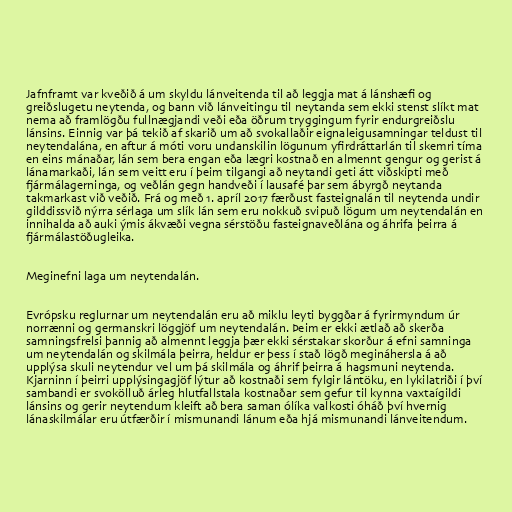
Jafnframt var kveðið á um skyldu lánveitenda til að leggja mat á lánshæfi og
greiðslugetu neytenda, og bann við lánveitingu til neytanda sem ekki stenst slíkt mat
nema að framlögðu fullnægjandi veði eða öðrum tryggingum fyrir endurgreiðslu
lánsins. Einnig var þá tekið af skarið um að svokallaðir eignaleigusamningar teldust til
neytendalána, en aftur á móti voru undanskilin lögunum yfirdráttarlán til skemri tíma
en eins mánaðar, lán sem bera engan eða lægri kostnað en almennt gengur og gerist á
lánamarkaði, lán sem veitt eru í þeim tilgangi að neytandi geti átt viðskipti með
fjármálagerninga, og veðlán gegn handveði í lausafé þar sem ábyrgð neytanda
takmarkast við veðið. Frá og með 1. apríl 2017 færðust fasteignalán til neytenda undir
gilddissvið nýrra sérlaga um slík lán sem eru nokkuð svipuð lögum um neytendalán en
innihalda að auki ýmis ákvæði vegna sérstöðu fasteignaveðlána og áhrifa þeirra á
fjármálastöðugleika.

Meginefni laga um neytendalán.

Evrópsku reglurnar um neytendalán eru að miklu leyti byggðar á fyrirmyndum úr
norrænni og germanskri löggjöf um neytendalán. Þeim er ekki ætlað að skerða
samningsfrelsi þannig að almennt leggja þær ekki sérstakar skorður á efni samninga
um neytendalán og skilmála þeirra, heldur er þess í stað lögð megináhersla á að
upplýsa skuli neytendur vel um þá skilmála og áhrif þeirra á hagsmuni neytenda.
Kjarninn í þeirri upplýsingagjöf lýtur að kostnaði sem fylgir lántöku, en lykilatriði í því
sambandi er svokölluð árleg hlutfallstala kostnaðar sem gefur til kynna vaxtaígildi
lánsins og gerir neytendum kleift að bera saman ólíka valkosti óháð því hvernig
lánaskilmálar eru útfærðir í mismunandi lánum eða hjá mismunandi lánveitendum.